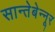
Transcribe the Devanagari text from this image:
सान्तेबेन्नूर